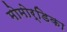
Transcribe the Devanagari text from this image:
मोमोर्डिका